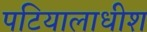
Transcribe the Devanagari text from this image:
पटियालाधीश